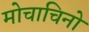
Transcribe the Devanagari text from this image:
मोचाचिनो